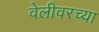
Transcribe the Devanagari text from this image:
वेलीवरच्या